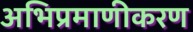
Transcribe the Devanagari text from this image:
अभिप्रमाणीकरण